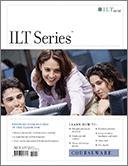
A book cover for Acrobat 9 Pro: Basic, Ace Edition + Certblaster (ILT); Computers & Technology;